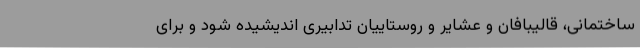
ساختمانی، قالیبافان و عشایر و روستاییان تدابیری اندیشیده شود و برای